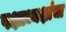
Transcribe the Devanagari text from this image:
पक्षाध्यक्षांचा